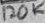
Text: 120K